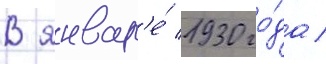
В январ'е́ 1930 го́да